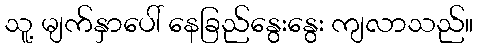
သူ့ မျက်နှာပေါ် နေခြည်နွေးနွေး ကျလာသည်။